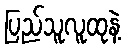
ပြည်သူလူထုနဲ့